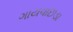
ગાયવાછડા